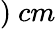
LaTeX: )~cm